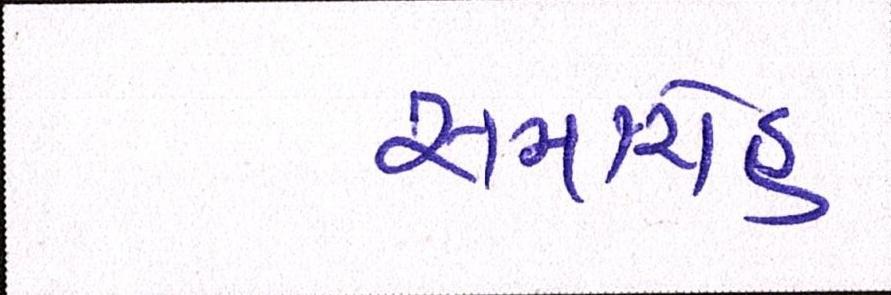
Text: સમારોહ